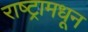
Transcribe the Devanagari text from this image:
राष्ट्रामधून